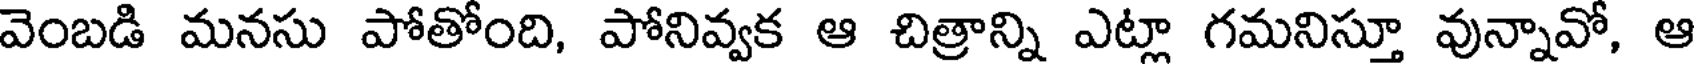
వెంబడి మనసు పోతోంది, పోనివ్వక ఆ చిత్రాన్ని ఎట్లా గమనిస్తూ వున్నావో, ఆ